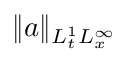
\| a \| _ { L _ { t } ^ { 1 } L _ { x } ^ { \infty } }